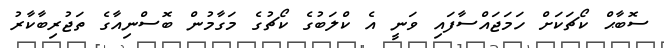
ސޮބާޙް ކޯޗަކަށް ހަމަޖައްސާފައި ވަނީ އެ ކްލަބުގެ ކޯޗުގެ މަގާމުން ބޮސްނިއާގެ ތަޖުރިބާކާރު